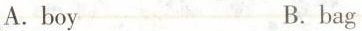
A.boy B.bag